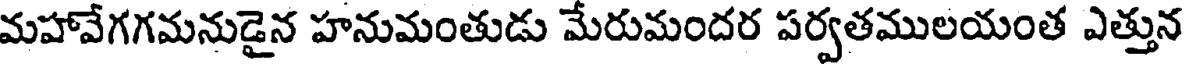
మహావేగగమనుడైన హనుమంతుడు మేరుమందర పర్వతములయంత ఎత్తున